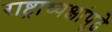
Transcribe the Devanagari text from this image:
राष्ट्राध्यक्षांपुढे